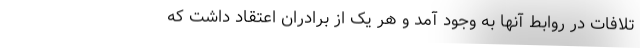
تلافات در روابط آنها به وجود آمد و هر یک از برادران اعتقاد داشت که